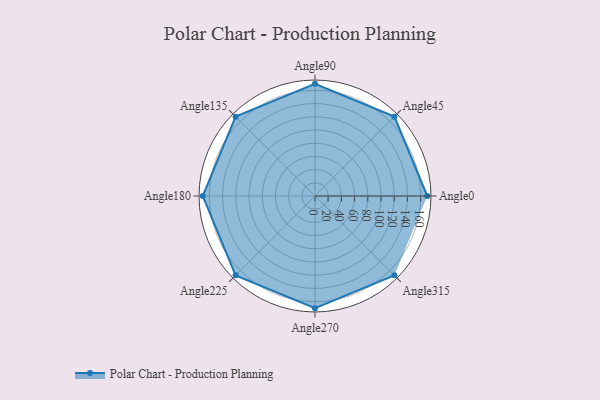
{"axis": {"x": "Angle", "y": "Radius"}, "legend": [""], "data": [{"x": "Angle0", "y": 170.0, "type": ""}, {"x": "Angle45", "y": 170, "type": ""}, {"x": "Angle90", "y": 170, "type": ""}, {"x": "Angle135", "y": 170, "type": ""}, {"x": "Angle180", "y": 170, "type": ""}, {"x": "Angle225", "y": 170, "type": ""}, {"x": "Angle270", "y": 170, "type": ""}, {"x": "Angle315", "y": 170, "type": ""}]}